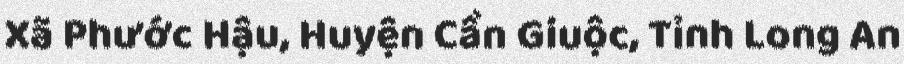
Xã Phước Hậu, Huyện Cần Giuộc, Tỉnh Long An